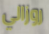
روزالي